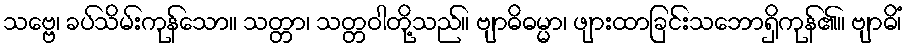
သဗ္ဗေ၊ ခပ်သိမ်းကုန်သော။ သတ္တာ၊ သတ္တဝါတို့သည်။ ဗျာဓိဓမ္မာ၊ ဖျားထာခြင်းသဘောရှိကုန်၏။ ဗျာဓိံ၊